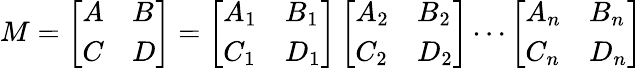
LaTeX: M=\left[\begin{array}{ll}{A}&{B}\\ {C}&{D}\end{array}\right]=\left[\begin{array}{ll}{A_{1}}&{B_{1}}\\ {C_{1}}&{D_{1}}\end{array}\right]\left[\begin{array}{ll}{A_{2}}&{B_{2}}\\ {C_{2}}&{D_{2}}\end{array}\right]\cdots\left[\begin{array}{ll}{A_{n}}&{B_{n}}\\ {C_{n}}&{D_{n}}\end{array}\right]